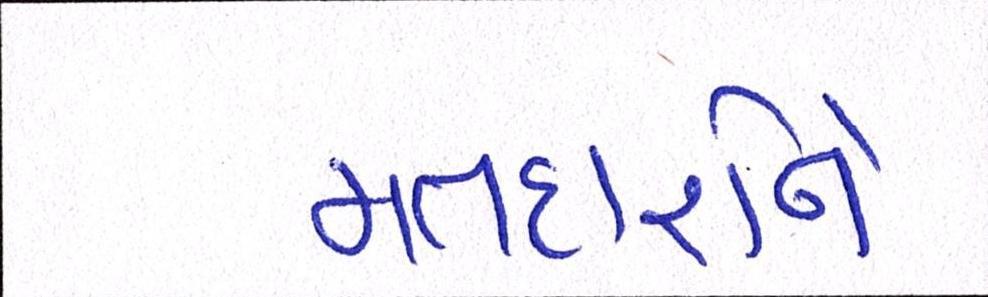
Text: મતદારોને